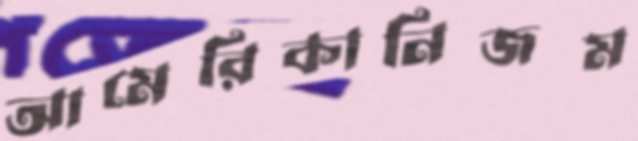
আমেরিকানিজম